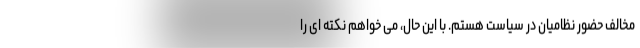
مخالف حضور نظامیان در سیاست هستم. با این حال، می خواهم نکته ای را